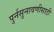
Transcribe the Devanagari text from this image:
पुर्नसुनावणीसाठी